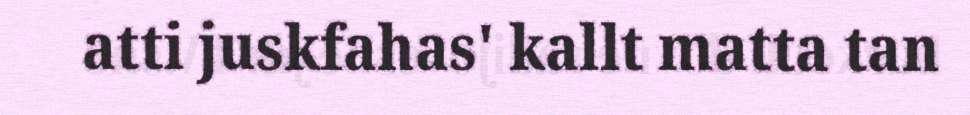
atti juskfahas' kallt matta tan